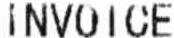
INVOICE